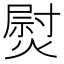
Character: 熨